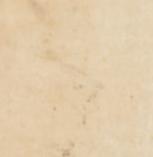
被